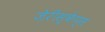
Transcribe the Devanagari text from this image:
ज़ेरीस्‍केप्‍स